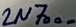
Text: 2N7000